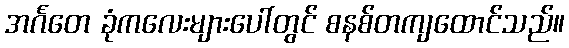
အင်္ဂတေ ခုံကလေးများပေါ်တွင် စနစ်တကျထောင်သည်။